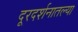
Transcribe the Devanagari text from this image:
दूरदर्शनातल्या